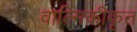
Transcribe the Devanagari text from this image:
वाल्मिकीकृत